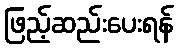
ဖြည့်ဆည်းပေးရန်